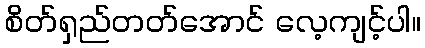
စိတ်ရှည်တတ်အောင် လေ့ကျင့်ပါ။